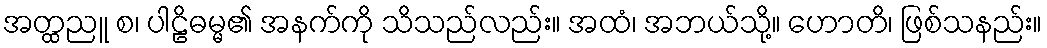
အတ္ထညူ စ၊ ပါဠိဓမ္မ၏ အနက်ကို သိသည်လည်း။ အထံ၊ အဘယ်သို့။ ဟောတိ၊ ဖြစ်သနည်း။